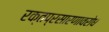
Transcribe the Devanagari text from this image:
रक्तप्रसारणावरोध